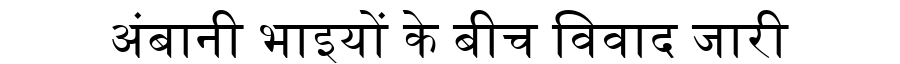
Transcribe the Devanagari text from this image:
अंबानी भाइयों के बीच विवाद जारी